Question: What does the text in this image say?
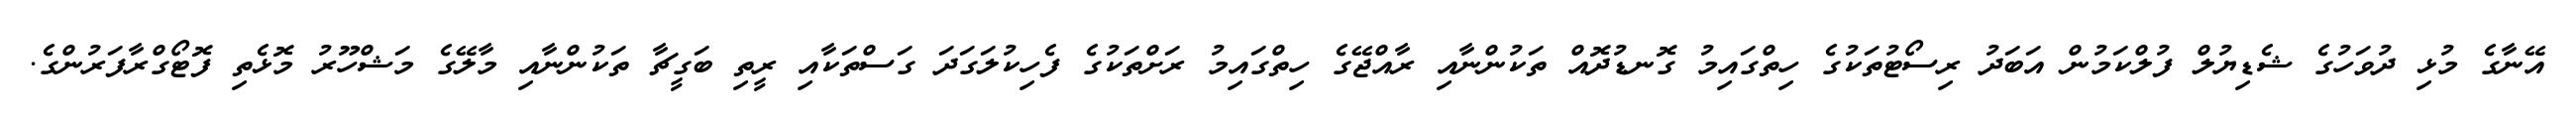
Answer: އޭނާގެ މުޅި ދުވަހުގެ ޝެޑިޔުލް ފުލްކަމުން އަބަދު ރިސޯޓުތަކުގެ ހިތްގައިމު ގޮނޑުދޮއް ތަކުންނާއި ރާއްޖޭގެ ހިތްގައިމު ރަށްތަކުގެ ފެހިކުލަގަދަ ގަސްތަކާއި ރީތި ބަގީޗާ ތަކުންނާއި މާލޭގެ މަޝްހޫރު މޮޅެތި ފޮޓޯގްރާފަރުންގެ.